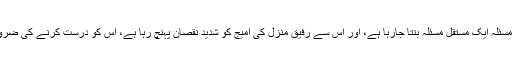
تاخیر کا مسئلہ ایک مستقل مسئلہ بنتا جارہا ہے، اور اس سے رفیق منزل کی امیج کو شدید نقصان پہنچ رہا ہے، اس کو درست کرنے کی ضرورت ہے۔